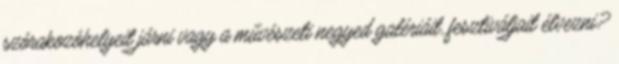
szórakozóhelyeit járni vagy a művészeti negyed galériáit, fesztiváljait élvezni?